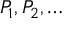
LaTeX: P _ { 1 } , P _ { 2 } , \ldots